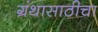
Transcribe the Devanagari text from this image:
ग्रंथासाठीचा